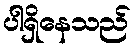
ပါရှိနေသည်